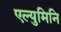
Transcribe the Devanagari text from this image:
एल्युमिनि